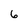
Character: 6